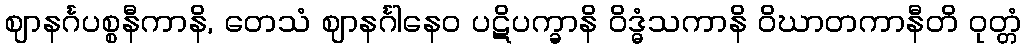
ဈာနင်္ဂပစ္စနီကာနိ, တေသံ ဈာနင်္ဂါနေဝ ပဋိပက္ခာနိ ဝိဒ္ဓံသကာနိ ဝိဃာတကာနီတိ ဝုတ္တံ